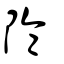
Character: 陯